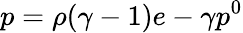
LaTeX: p=\rho(\gamma-1)e-\gamma p^{0}